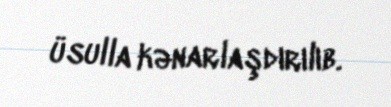
üsulla kənarlaşdırılıb.